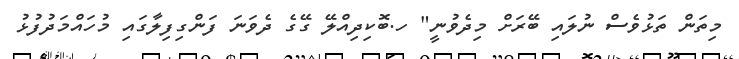
މިތަން ތަޅުވެސް ނުލައި ބޭރަށް މިދެވުނީ" ހ.ބޮކިދިއްލޭ ގޭގެ ދެވަނަ ފަންގިފިލާގައި މުހައްމަދުފުޅު